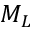
M _ { L }